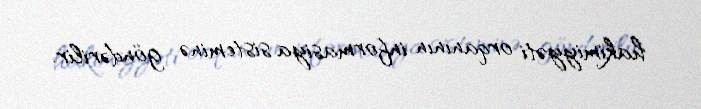
hakimiyyəti orqanının informasiya sisteminə göndərilir.